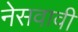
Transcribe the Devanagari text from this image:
नेसवावी